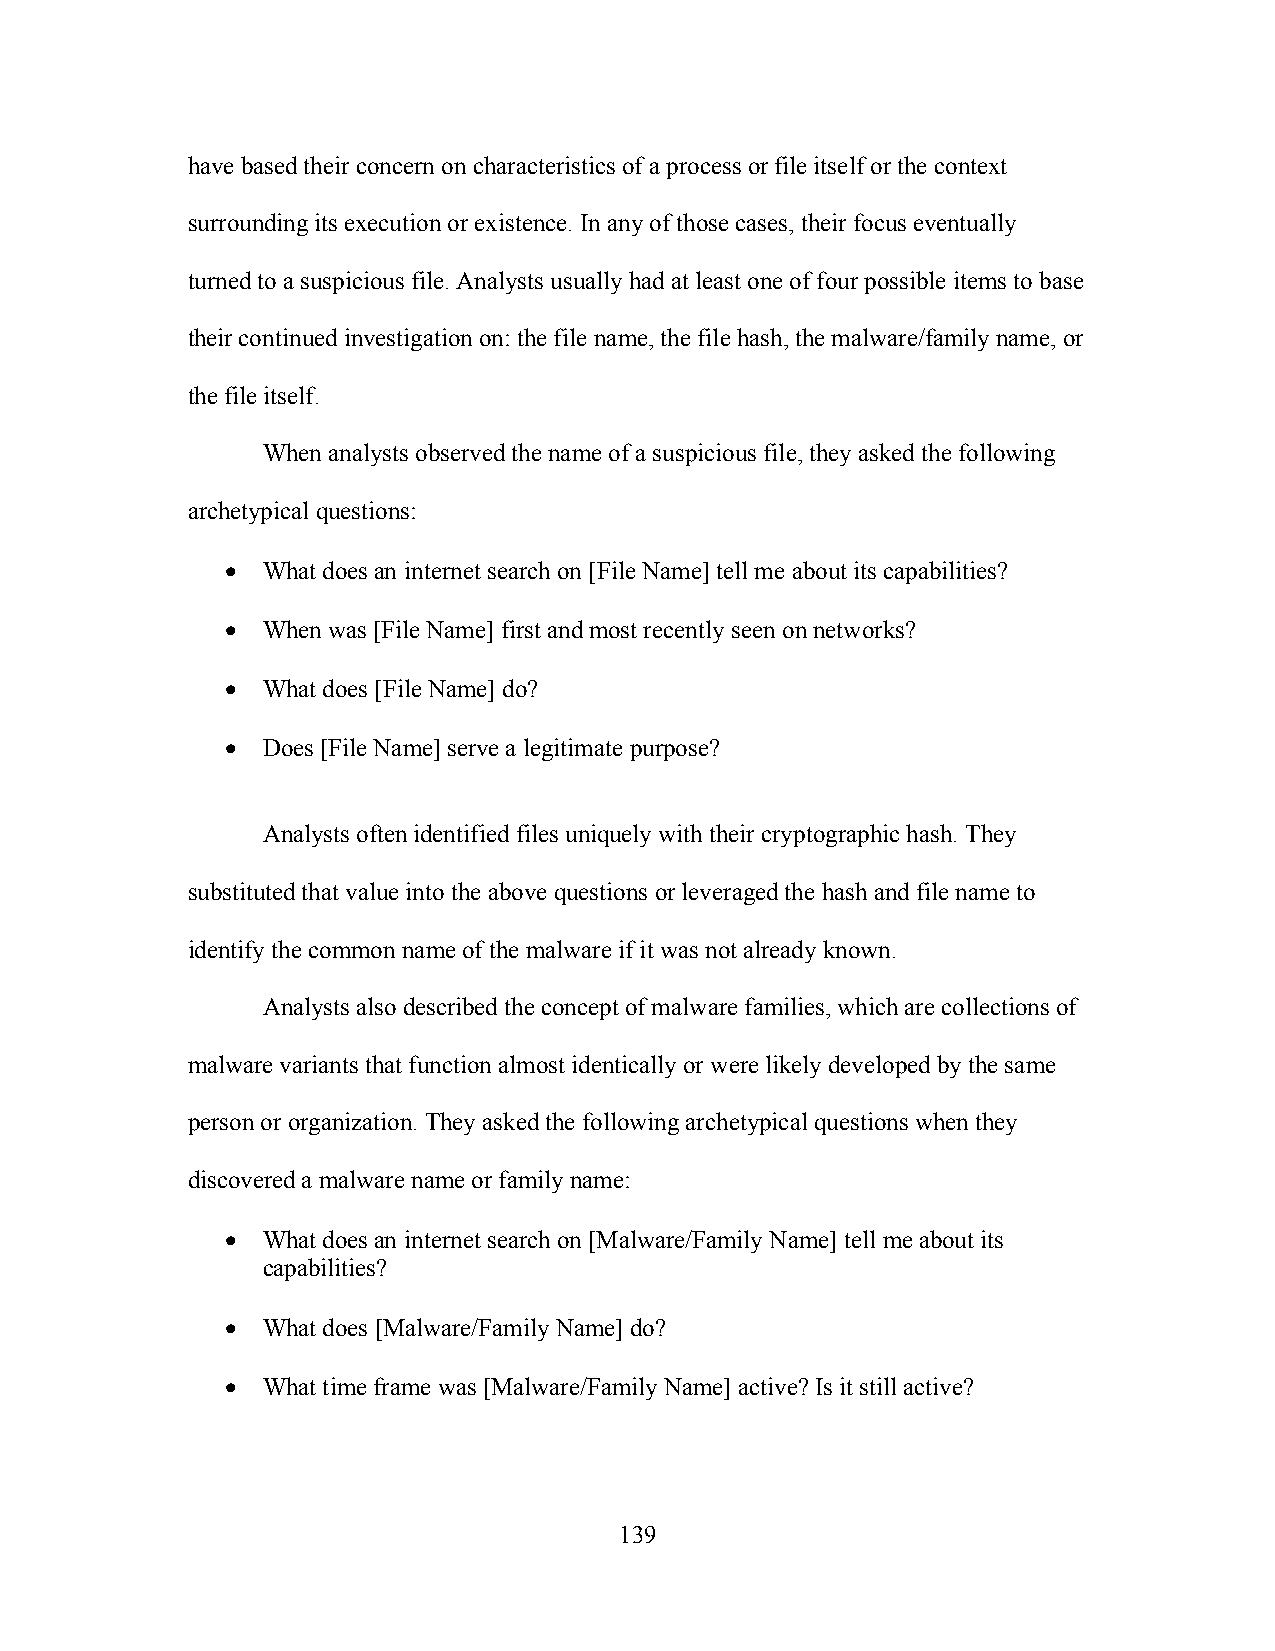
have based their concern on characteristics of a process or file itself or the context
 surrounding its execution or existence. In any of those cases, their focus eventually
 turned to a suspicious file. Analysts usually had at least one of four possible items to base
 their continued investigation on: the file name, the file hash, the malware/family name, or
 the file itself.
 When analysts observed the name of a suspicious file, they asked the following
 archetypical questions:
 • What does an internet search on [File Name] tell me about its capabilities?
 • When was [File Name] first and most recently seen on networks?
 • What does [File Name] do?
 • Does [File Name] serve a legitimate purpose?
 Analysts often identified files uniquely with their cryptographic hash. They
 substituted that value into the above questions or leveraged the hash and file name to
 identify the common name of the malware if it was not already known.
 Analysts also described the concept of malware families, which are collections of
 malware variants that function almost identically or were likely developed by the same
 person or organization. They asked the following archetypical questions when they
 discovered a malware name or family name:
 • What does an internet search on [Malware/Family Name] tell me about its
 capabilities?
 • What does [Malware/Family Name] do?
 • What time frame was [Malware/Family Name] active? Is it still active?
 139